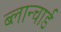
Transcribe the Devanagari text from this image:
ब्लान्चार्ड